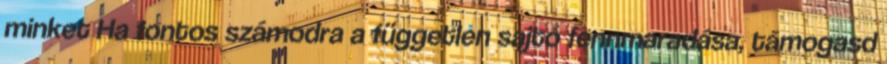
minket Ha fontos számodra a független sajtó fennmaradása, támogasd